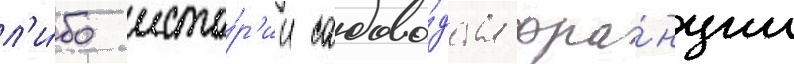
л'и́бо исто́р'ии садово́дства фра́нции